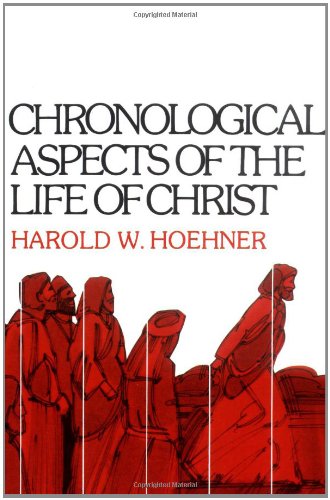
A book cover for Chronological Aspects of the Life of Christ; Harold W. Hoehner; Christian Books & Bibles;